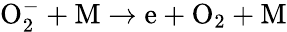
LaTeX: \mathrm O_{2}^{-}+\mathrm M\to\mathrm e+\mathrm O_{2}+\mathrm M